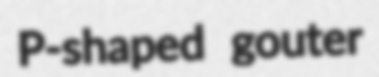
P-shaped gouter